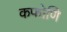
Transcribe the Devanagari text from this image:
कफोणि